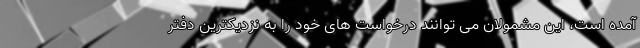
آمده است، این مشمولان می توانند درخواست های خود را به نزدیکترین دفتر